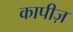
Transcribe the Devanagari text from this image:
कापीज़